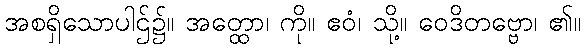
အစရှိသောပါဌ်၌။ အတ္ထော၊ ကို။ ဧဝံ၊ သို့။ ဝေဒိတဗ္ဗော၊ ၏။